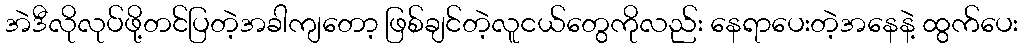
အဲဒီလိုလုပ်ဖို့တင်ပြတဲ့အခါကျတော့ ဖြစ်ချင်တဲ့လူငယ်တွေကိုလည်း နေရာပေးတဲ့အနေနဲ့ ထွက်ပေး